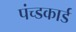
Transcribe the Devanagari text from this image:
पंच्डकार्ड